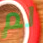
لم